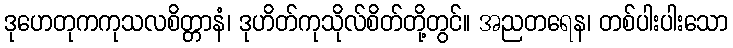
ဒုဟေတုကကုသလစိတ္တာနံ၊ ဒုဟိတ်ကုသိုလ်စိတ်တို့တွင်။ အညတရေန၊ တစ်ပါးပါးသော